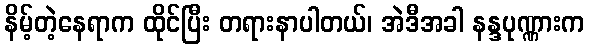
နိမ့်တဲ့နေရာက ထိုင်ပြီး တရားနာပါတယ်၊ အဲဒီအခါ နန္ဒပုဏ္ဏားက